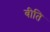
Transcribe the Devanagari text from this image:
बीति